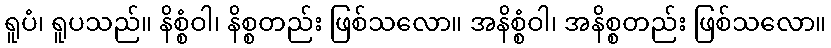
ရူပံ၊ ရူပသည်။ နိစ္စံဝါ၊ နိစ္စတည်း ဖြစ်သလော။ အနိစ္စံဝါ၊ အနိစ္စတည်း ဖြစ်သလော။